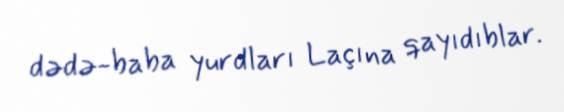
dədə-baba yurdları Laçına qayıdıblar.